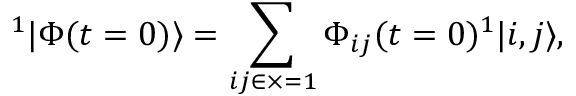
{ ^ 1 | \Phi ( t = 0 ) \rangle } = \sum _ { i j \in \times = 1 } \Phi _ { i j } ( t = 0 ) { ^ 1 | i , j \rangle } ,